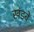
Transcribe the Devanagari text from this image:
खंडवे